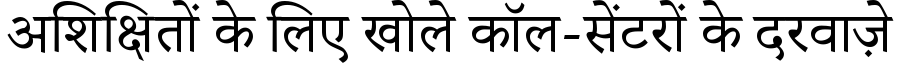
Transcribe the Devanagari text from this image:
अशिक्षितों के लिए खोले कॉल-सेंटरों के दरवाज़े